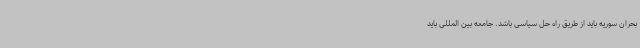
بحران سوریه باید از طریق راه حل سیاسی باشد. جامعه بین المللی باید